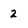
Character: 2